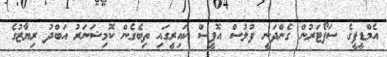
އެމްޑީޕީގެ ސަޕޯޓަރުން ގެންދަނީ ފުލުސް އޮފީސް ކައިރީގައި ތިބެގެން ކޮމިޝަނަރު އަބްދު ރިޔާޒުގެ